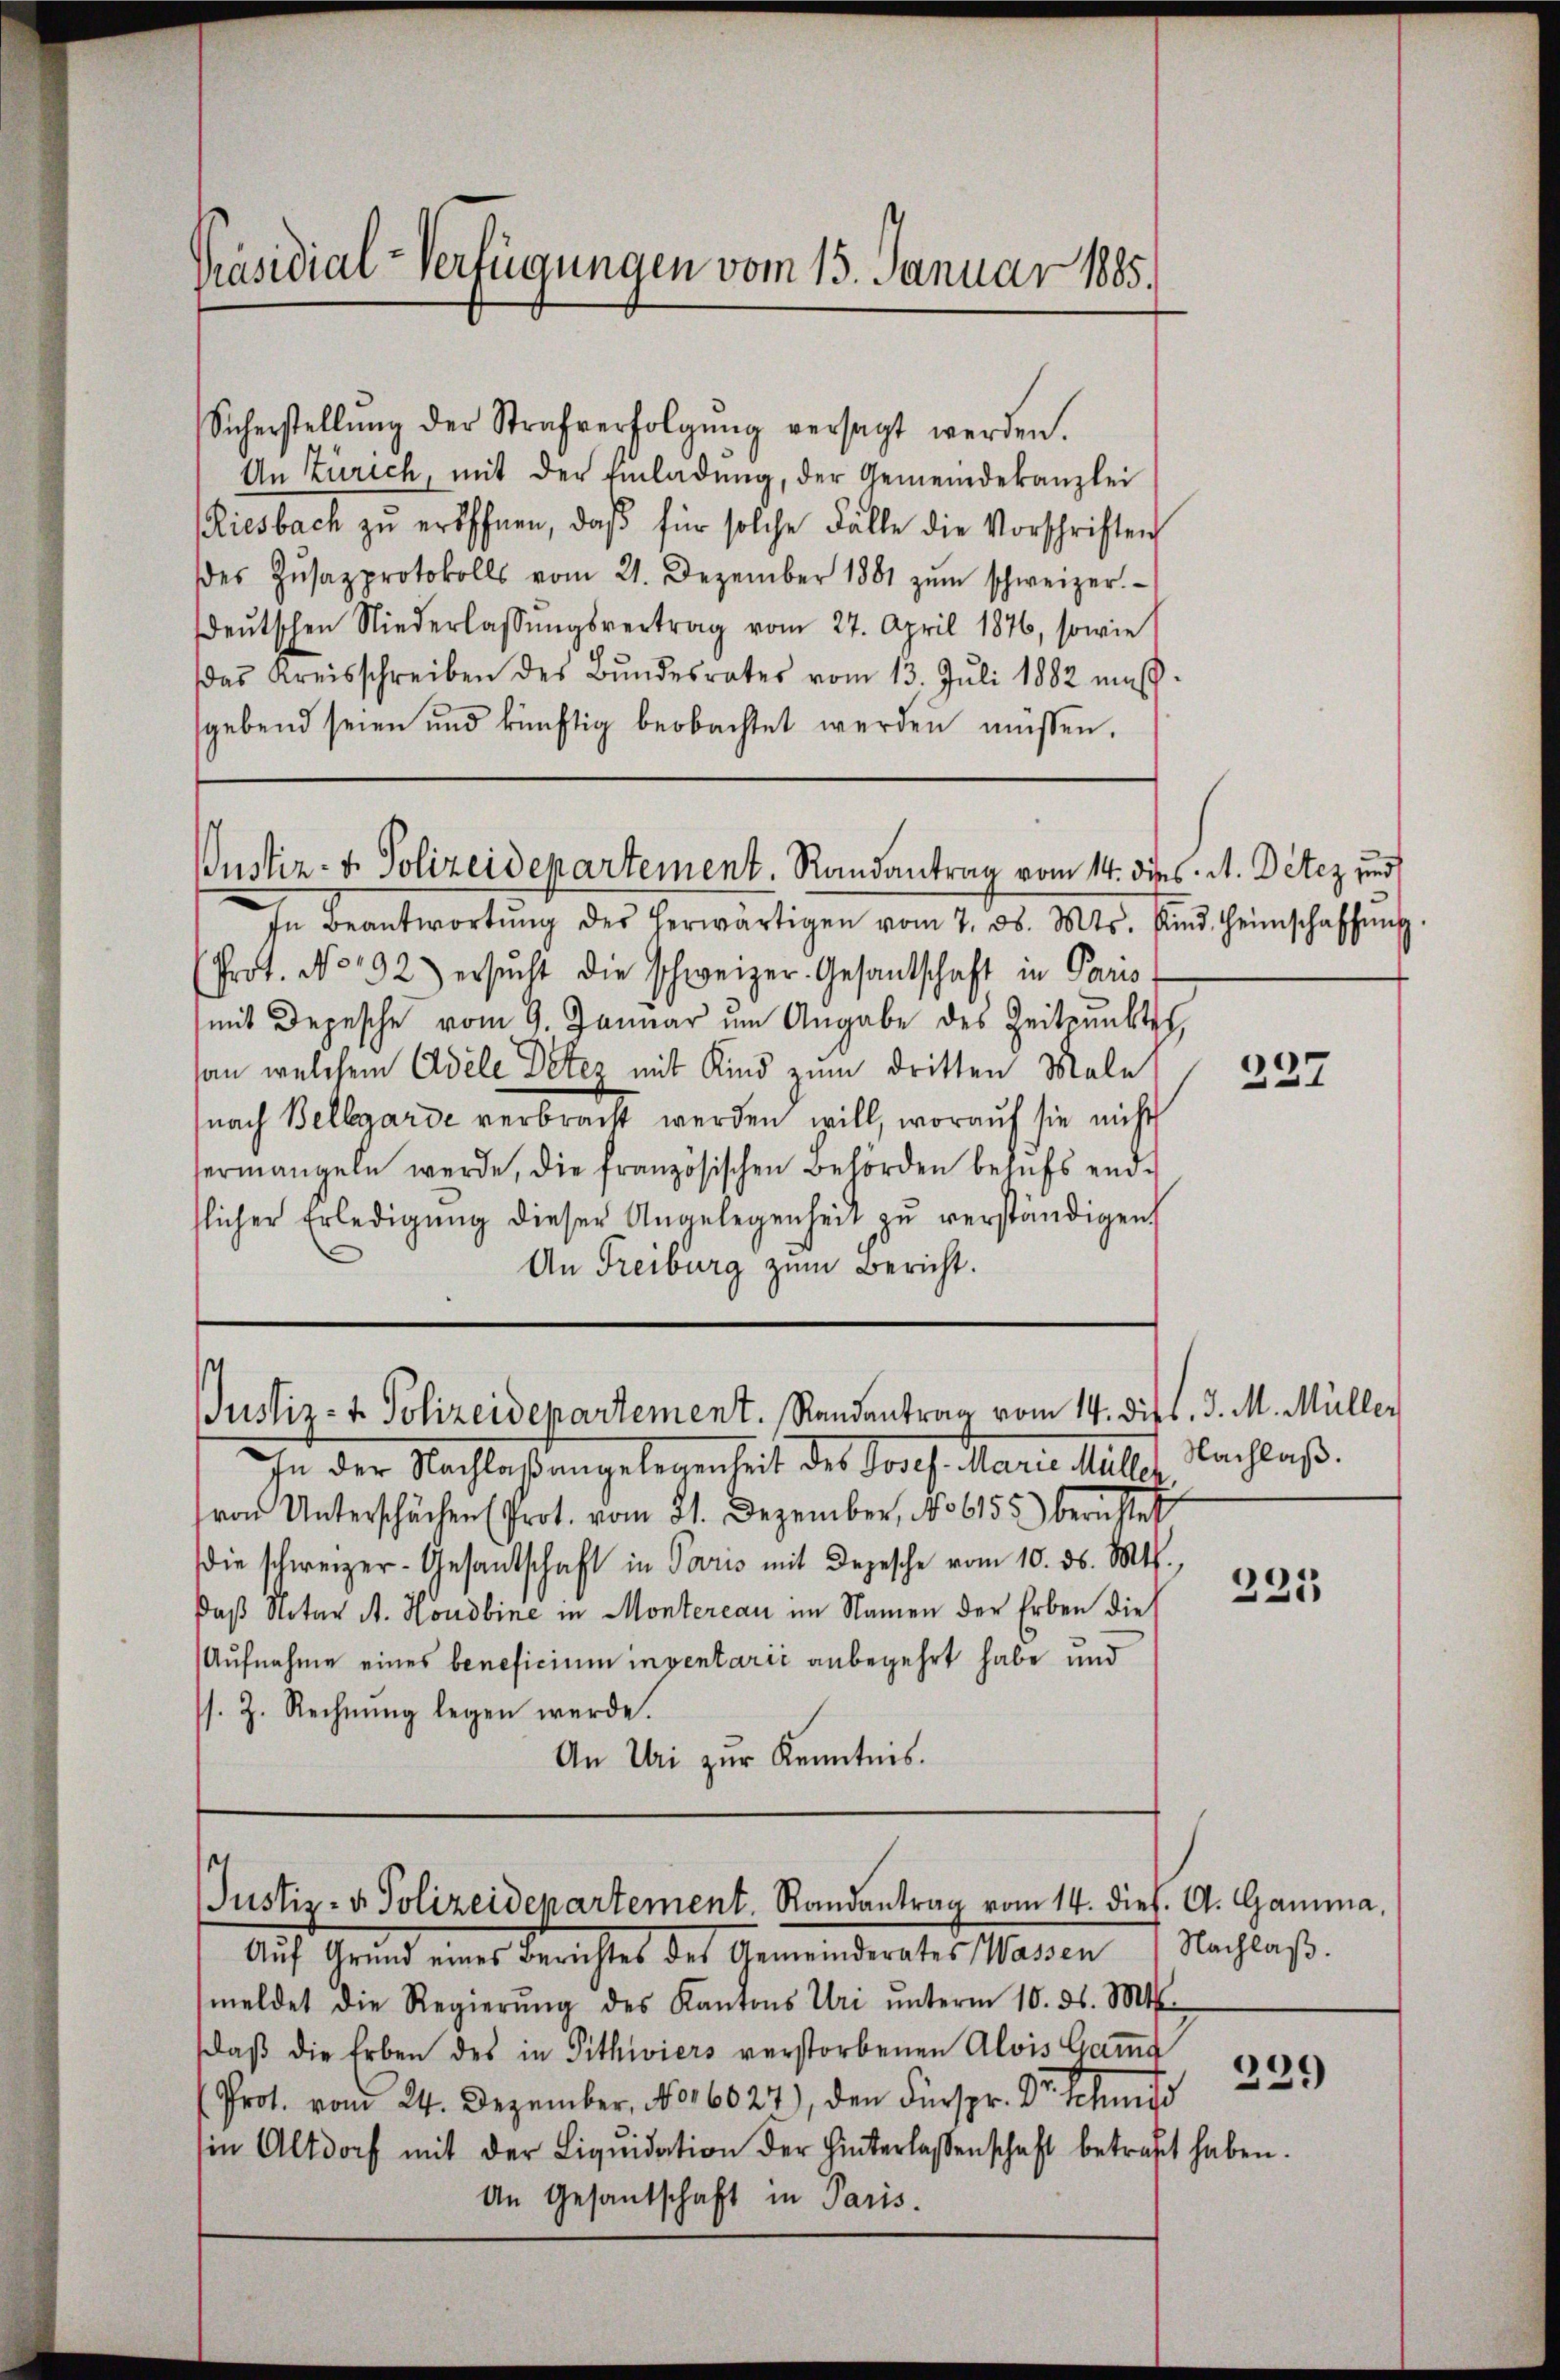
Präsidial-Verfügungen vom 15. Januar 1885.

Sicherstellŭng der Strafverfolgŭng versagt werden.
An Zürich, mit der Einladŭng, der Gemeindekanzlei
Riesbach zŭ eröffnen, daβ für solche Fälle die Vorschriften
des Zŭsazprotokolls vom 21. Dezember 1881 zŭm schweizer.
deŭtschen Niederlassŭngsvertrag vom 27. April 1876, sowie
das Kreisschreiben des Bŭndesrates vom 13. Juli 1882 maβ-
gebend seien und künftig beobachtet werden müssen.

Justiz- & Polizeidepartement. Randantrag vom 14. dies A. Detez und

In Beantwortŭng des herwärtigen vom 7. ds. Mts. sind. Heimschaffŭng
(Prot. No. 192) ersŭcht die schweizer-Gesantschaft in Paris
mit Depesche vom 9. Januar um Angabe des Zeitpunktes,
an welchem Adele Detes mit Kind zum dritten Male
nach Bellegarde verbracht werden will, worauf sie nicht
ermangeln werde, die französischen Behörden behufs endtlicher Erledigŭng dieser Angelegenheit zŭ verständigen,
An Freiburg zum Bericht.

Justiz- & Polizeidepartement. Randantrag vom 14. dies. 3. M. Müller

In der Nachlaßangelegenheit des Josef. Marie Müller Nachlaß.
von Unterschächen (Prot. vom 21. Dezember, No 6155) berichtet
die schweizer-Gesandschaft in Paris mit Depesche vom 10. ds. Mts.,
Daß Notar A. Hondbine in Montereau im Namen der Erben die
Aufnahme eines beneficium inventarii anbegehrt habe und
s. Z. Rechnung legen werde.
An Uri zur Kenntnis.

Auf Grund eines Berichtes des Gemeinderates Wassen (Nachlaβ.
meldet die Regierŭng des Kantons Uri ŭnterm 10. ds. Mts.
daβ die Erben des in Pithwiers verstorbenen Alois Gama
Prot. vom 24. Dezember, N016024), den Fürspr. Dr. Schmid
sin Altdorf mit der Liqŭidation der hinterlassenschaft betraft haben
An Gesantschaft in Paris.

Justiz- & Polizeidepartement. Randantrag vom 14. dies. A. Gamma,

227

221

229

.